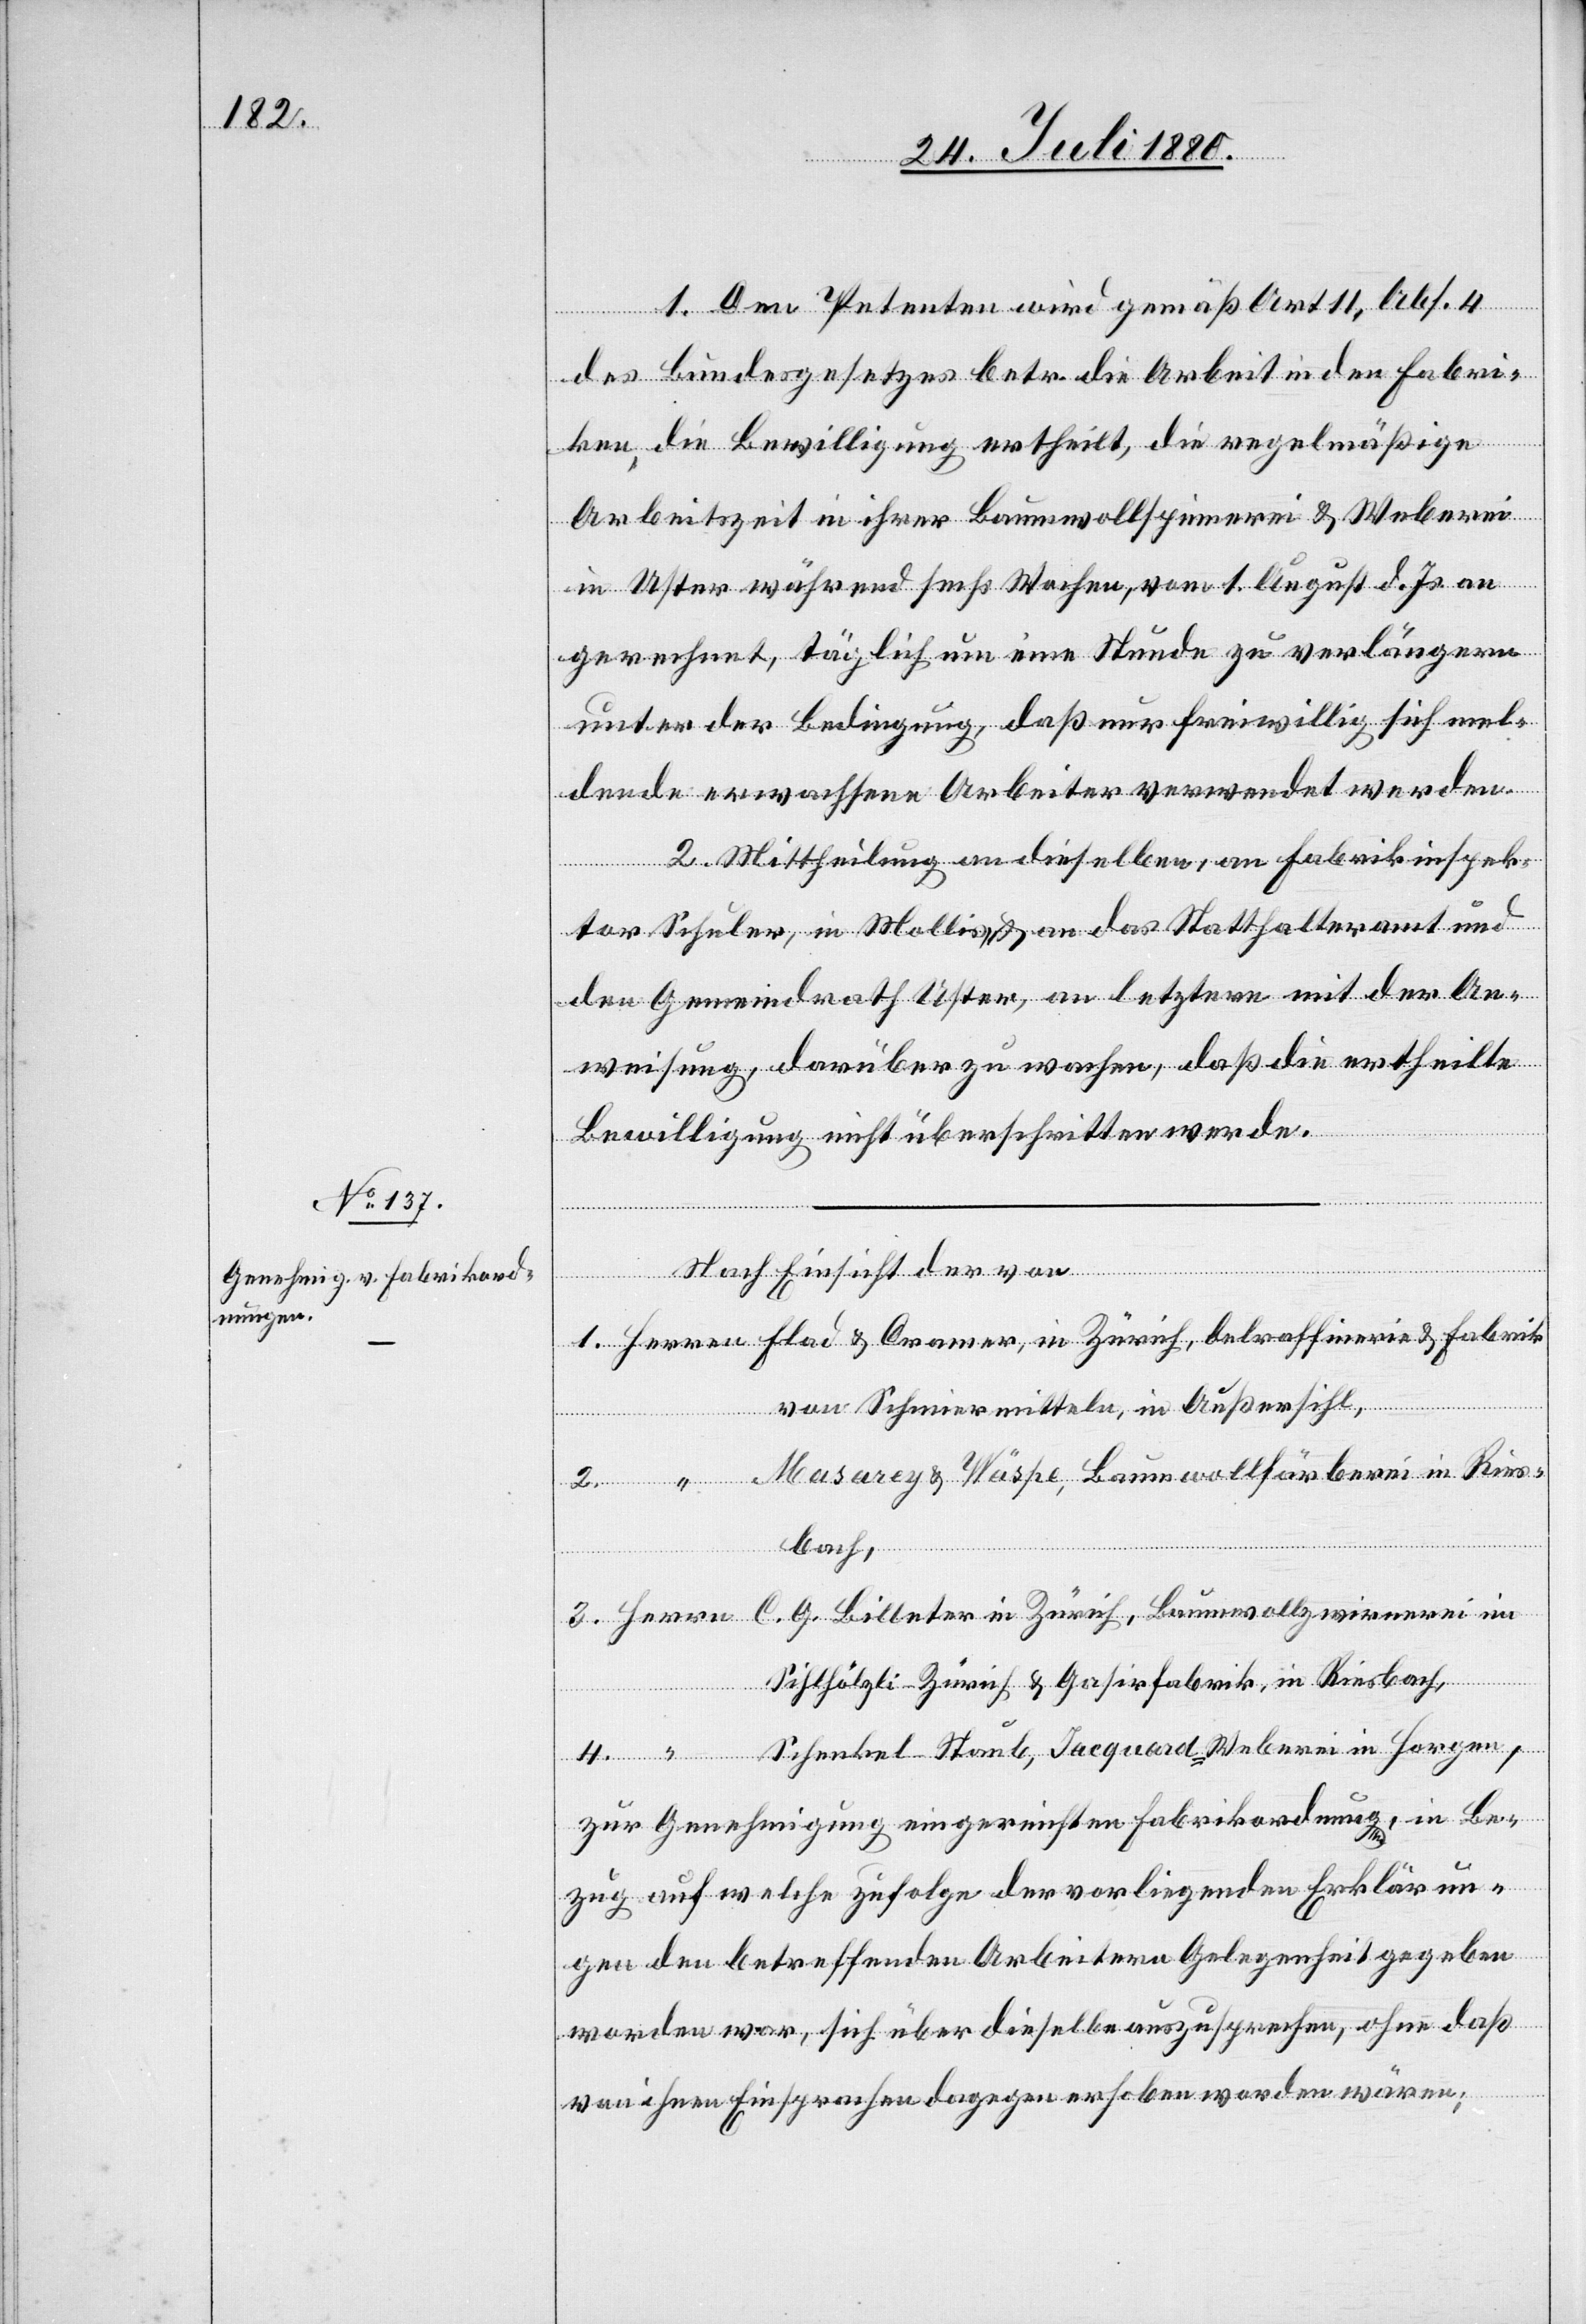
1. Den Petenten wird gemäß Art. 11, Abs. 4
des Bundesgesetztes betr. die Arbeit in den Fabri¬
ken, die Bewilligung ertheilt, die regelmäßige
Arbeitszeit in ihrer Baumwollspinnerei & Weberei
3.
in Uster während sechs Wochen, vom 1. August d. Js. an
gerechnet, täglich um eine Stunde zu verlängern
unter der Bedingung, daß nur freiwillig sich mel¬
dende erwachsene Arbeiter verwendet werden.
2. Mittheilung an dieselben, an Fabrikinspek¬
tor Schuler, in Mollis, & an das Statthalteramt und
den Gemeindrath Uster, an letztern mit der An¬
weisung, darüber zu wachen, daß die ertheilte
Bewilligung nicht überschritten werde.
Nach Einsicht der von
von Schmiermitteln, in Außersihl,
Masarey & Wäspe, Baumwollfärberei in Ries–
bach,
Sihlhölzli–Zürich & Gasirfabrik, in Riesbach,
Schenkel - Staub, Jacquard, Weberei in Horgen,
zur Genehmigung eingereichten Fabrikordnung, in Be¬
zug auf welche zufolge der vorliegenden Erklärun¬
gen den betreffenden Arbeitern Gelegenheit gegeben
worden war, sich über dieselben auszusprechen, ohne daß
von ihnen Einsprachen dagegen erhoben worden wären;